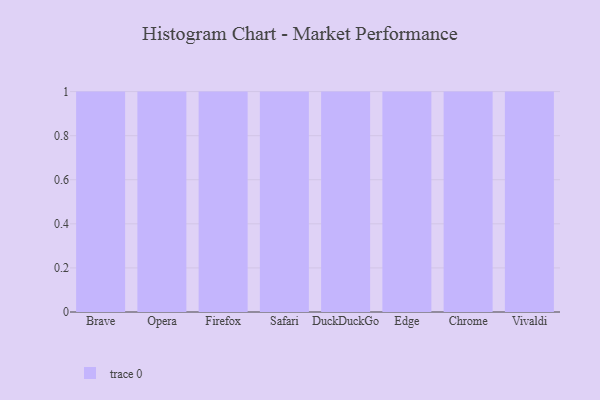
{"axis": {"x": "Browser", "y": "Revenue (USD Million)"}, "legend": [""], "data": [{"x": "Brave", "y": 61, "type": ""}, {"x": "Opera", "y": 64, "type": ""}, {"x": "Firefox", "y": 68, "type": ""}, {"x": "Safari", "y": 76, "type": ""}, {"x": "DuckDuckGo", "y": 89, "type": ""}, {"x": "Edge", "y": 43, "type": ""}, {"x": "Chrome", "y": 58, "type": ""}, {"x": "Vivaldi", "y": 15, "type": ""}]}